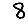
Digit: 8